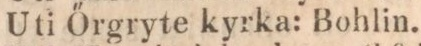
Uti Őrgryte kyrka: Bohlin.